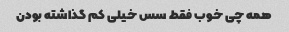
همه چی خوب فقط سس خیلی کم گذاشته بودن